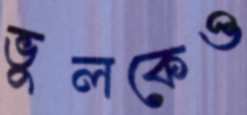
ভুলকেও